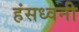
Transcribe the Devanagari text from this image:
हंसध्वनी